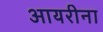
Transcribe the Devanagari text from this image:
आयरीना